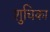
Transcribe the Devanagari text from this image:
शुचिका